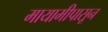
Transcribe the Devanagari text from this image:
मायामीपासून